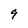
Character: 9